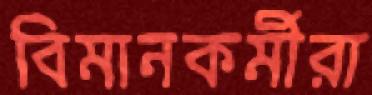
বিমানকর্মীরা